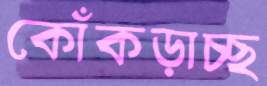
কোঁকড়াচ্ছ